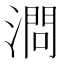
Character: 𣼶